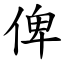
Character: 俾